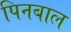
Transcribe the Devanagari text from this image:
पिनबाल